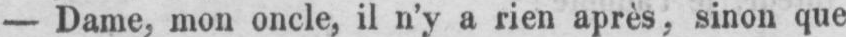
- Dame, mon oncle, il n’y a rien après, sinon que